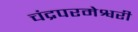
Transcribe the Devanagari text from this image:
चंद्रपरमेश्वरी